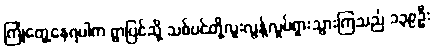
ကြုံတွေ့နေရပါက ရွာပြင်သို့ သစ်ပင်တို့လူးလွန့်လှုပ်ရှားသွားကြသည် ၁၃၉ဦး